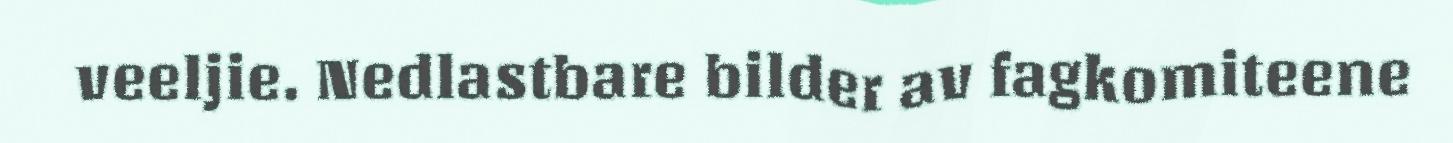
veeljie. Nedlastbare bilder av fagkomiteene